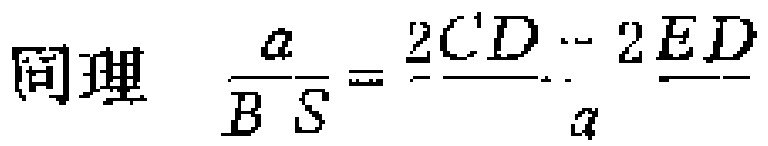
同理 \(\frac{a}{BS}=\frac{2CD - 2ED}{a}\)